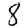
Digit: 8